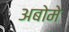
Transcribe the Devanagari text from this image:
अबोमे